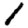
Digit: 1